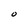
Character: O